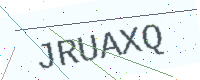
Text: JRUAXQ